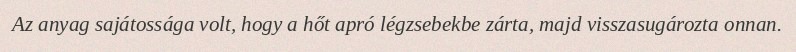
Az anyag sajátossága volt, hogy a hőt apró légzsebekbe zárta, majd visszasugározta onnan.